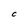
Character: C